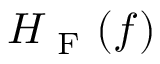
H _ { \mathrm { ~ F ~ } } ( f )